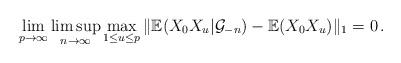
LaTeX: \begin{align*}\lim_{p\rightarrow\infty}\limsup_{n\rightarrow\infty}\max_{1\leq u\leq p}\Vert\mathbb{E}(X_{0}X_{u}|\mathcal{G}_{-n})-\mathbb{E}(X_{0}X_{u})\Vert_{1}=0\,.\end{align*}